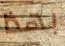
بهذا